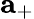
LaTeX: {\mathbf a}_{+}